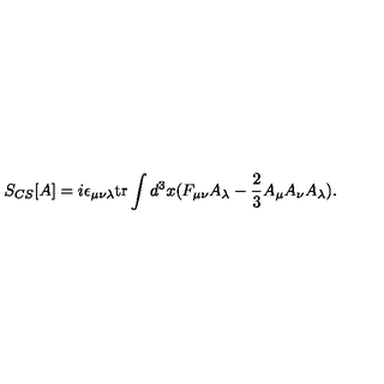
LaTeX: S _ { C S } [ A ] = i \epsilon _ { \mu \nu \lambda } \mathrm { t r } \int d ^ { 3 } x ( F _ { \mu \nu } A _ { \lambda } - \frac { 2 } { 3 } A _ { \mu } A _ { \nu } A _ { \lambda } ) .